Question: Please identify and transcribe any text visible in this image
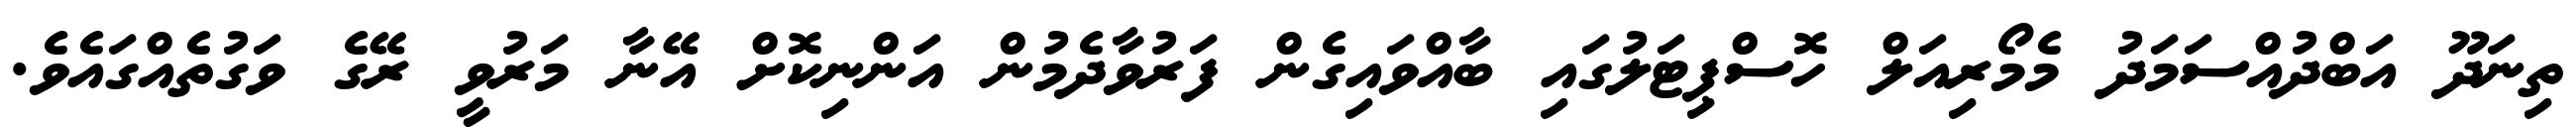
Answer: ތިނަދޫ އަބްދުއްސަމަދު މެމޯރިއަލް ހޮސްޕިޓަލުގައި ބާއްވައިގެން ފަރުވާދެމުން އަންނިކޮށް އޭނާ މަރުވީ ރޭގެ ވަގުތެއްގައެވެ.